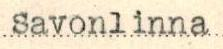
Savonlinna